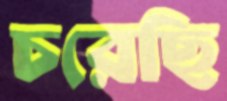
চরেছি